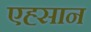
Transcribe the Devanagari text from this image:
एह्सान